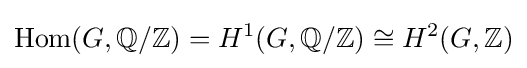
\mathrm {Hom} (G,\mathbb {Q} /\mathbb {Z} )=H^{1}(G,\mathbb {Q} /\mathbb {Z} )\cong H^{2}(G,\mathbb {Z} )